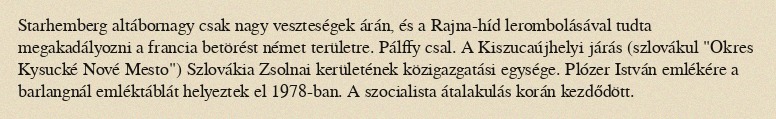
Starhemberg altábornagy csak nagy veszteségek árán, és a Rajna-híd lerombolásával tudta megakadályozni a francia betörést német területre. Pálffy csal. A Kiszucaújhelyi járás (szlovákul "Okres Kysucké Nové Mesto") Szlovákia Zsolnai kerületének közigazgatási egysége. Plózer István emlékére a barlangnál emléktáblát helyeztek el 1978-ban. A szocialista átalakulás korán kezdődött.